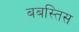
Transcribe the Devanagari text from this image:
बबस्तिस